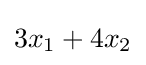
3x_{1}+4x_{2}